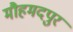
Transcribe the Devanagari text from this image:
मौहमदपुर